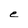
Character: e